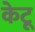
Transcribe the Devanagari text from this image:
केटू